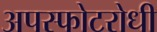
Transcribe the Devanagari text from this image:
अपस्फोटरोधी